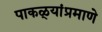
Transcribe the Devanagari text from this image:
पाकळ्यांप्रमाणे